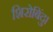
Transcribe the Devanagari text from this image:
शिरोबिंदु।